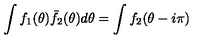
\int f _ { 1 } ( \theta ) \bar { f } _ { 2 } ( \theta ) d \theta = \int f _ { 2 } ( \theta - i \pi )